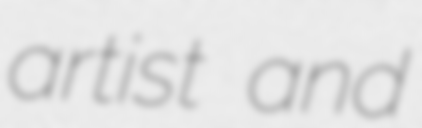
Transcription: artist and